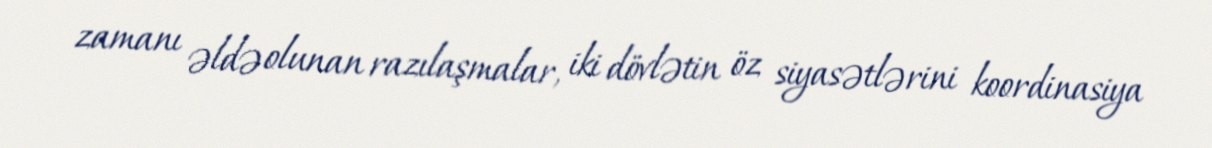
zamanı əldə olunan razılaşmalar, iki dövlətin öz siyasətlərini koordinasiya